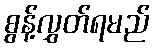
စွန့်လွှတ်ရမည်